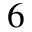
^ { 6 }